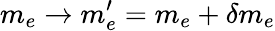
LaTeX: m_{e}\to m_{e}^{\prime}=m_{e}+\delta m_{e}